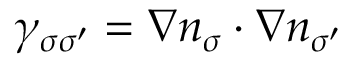
\gamma _ { \sigma \sigma ^ { \prime } } = \nabla n _ { \sigma } \cdot \nabla n _ { \sigma ^ { \prime } }